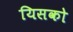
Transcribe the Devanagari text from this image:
यिसको